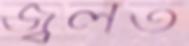
জ্বলত